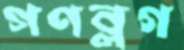
গণব্লগ